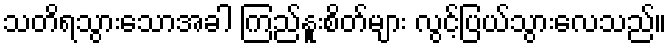
သတိရသွားသောအခါ ကြည်နူးစိတ်များ လွင့်ပြယ်သွားလေသည်။